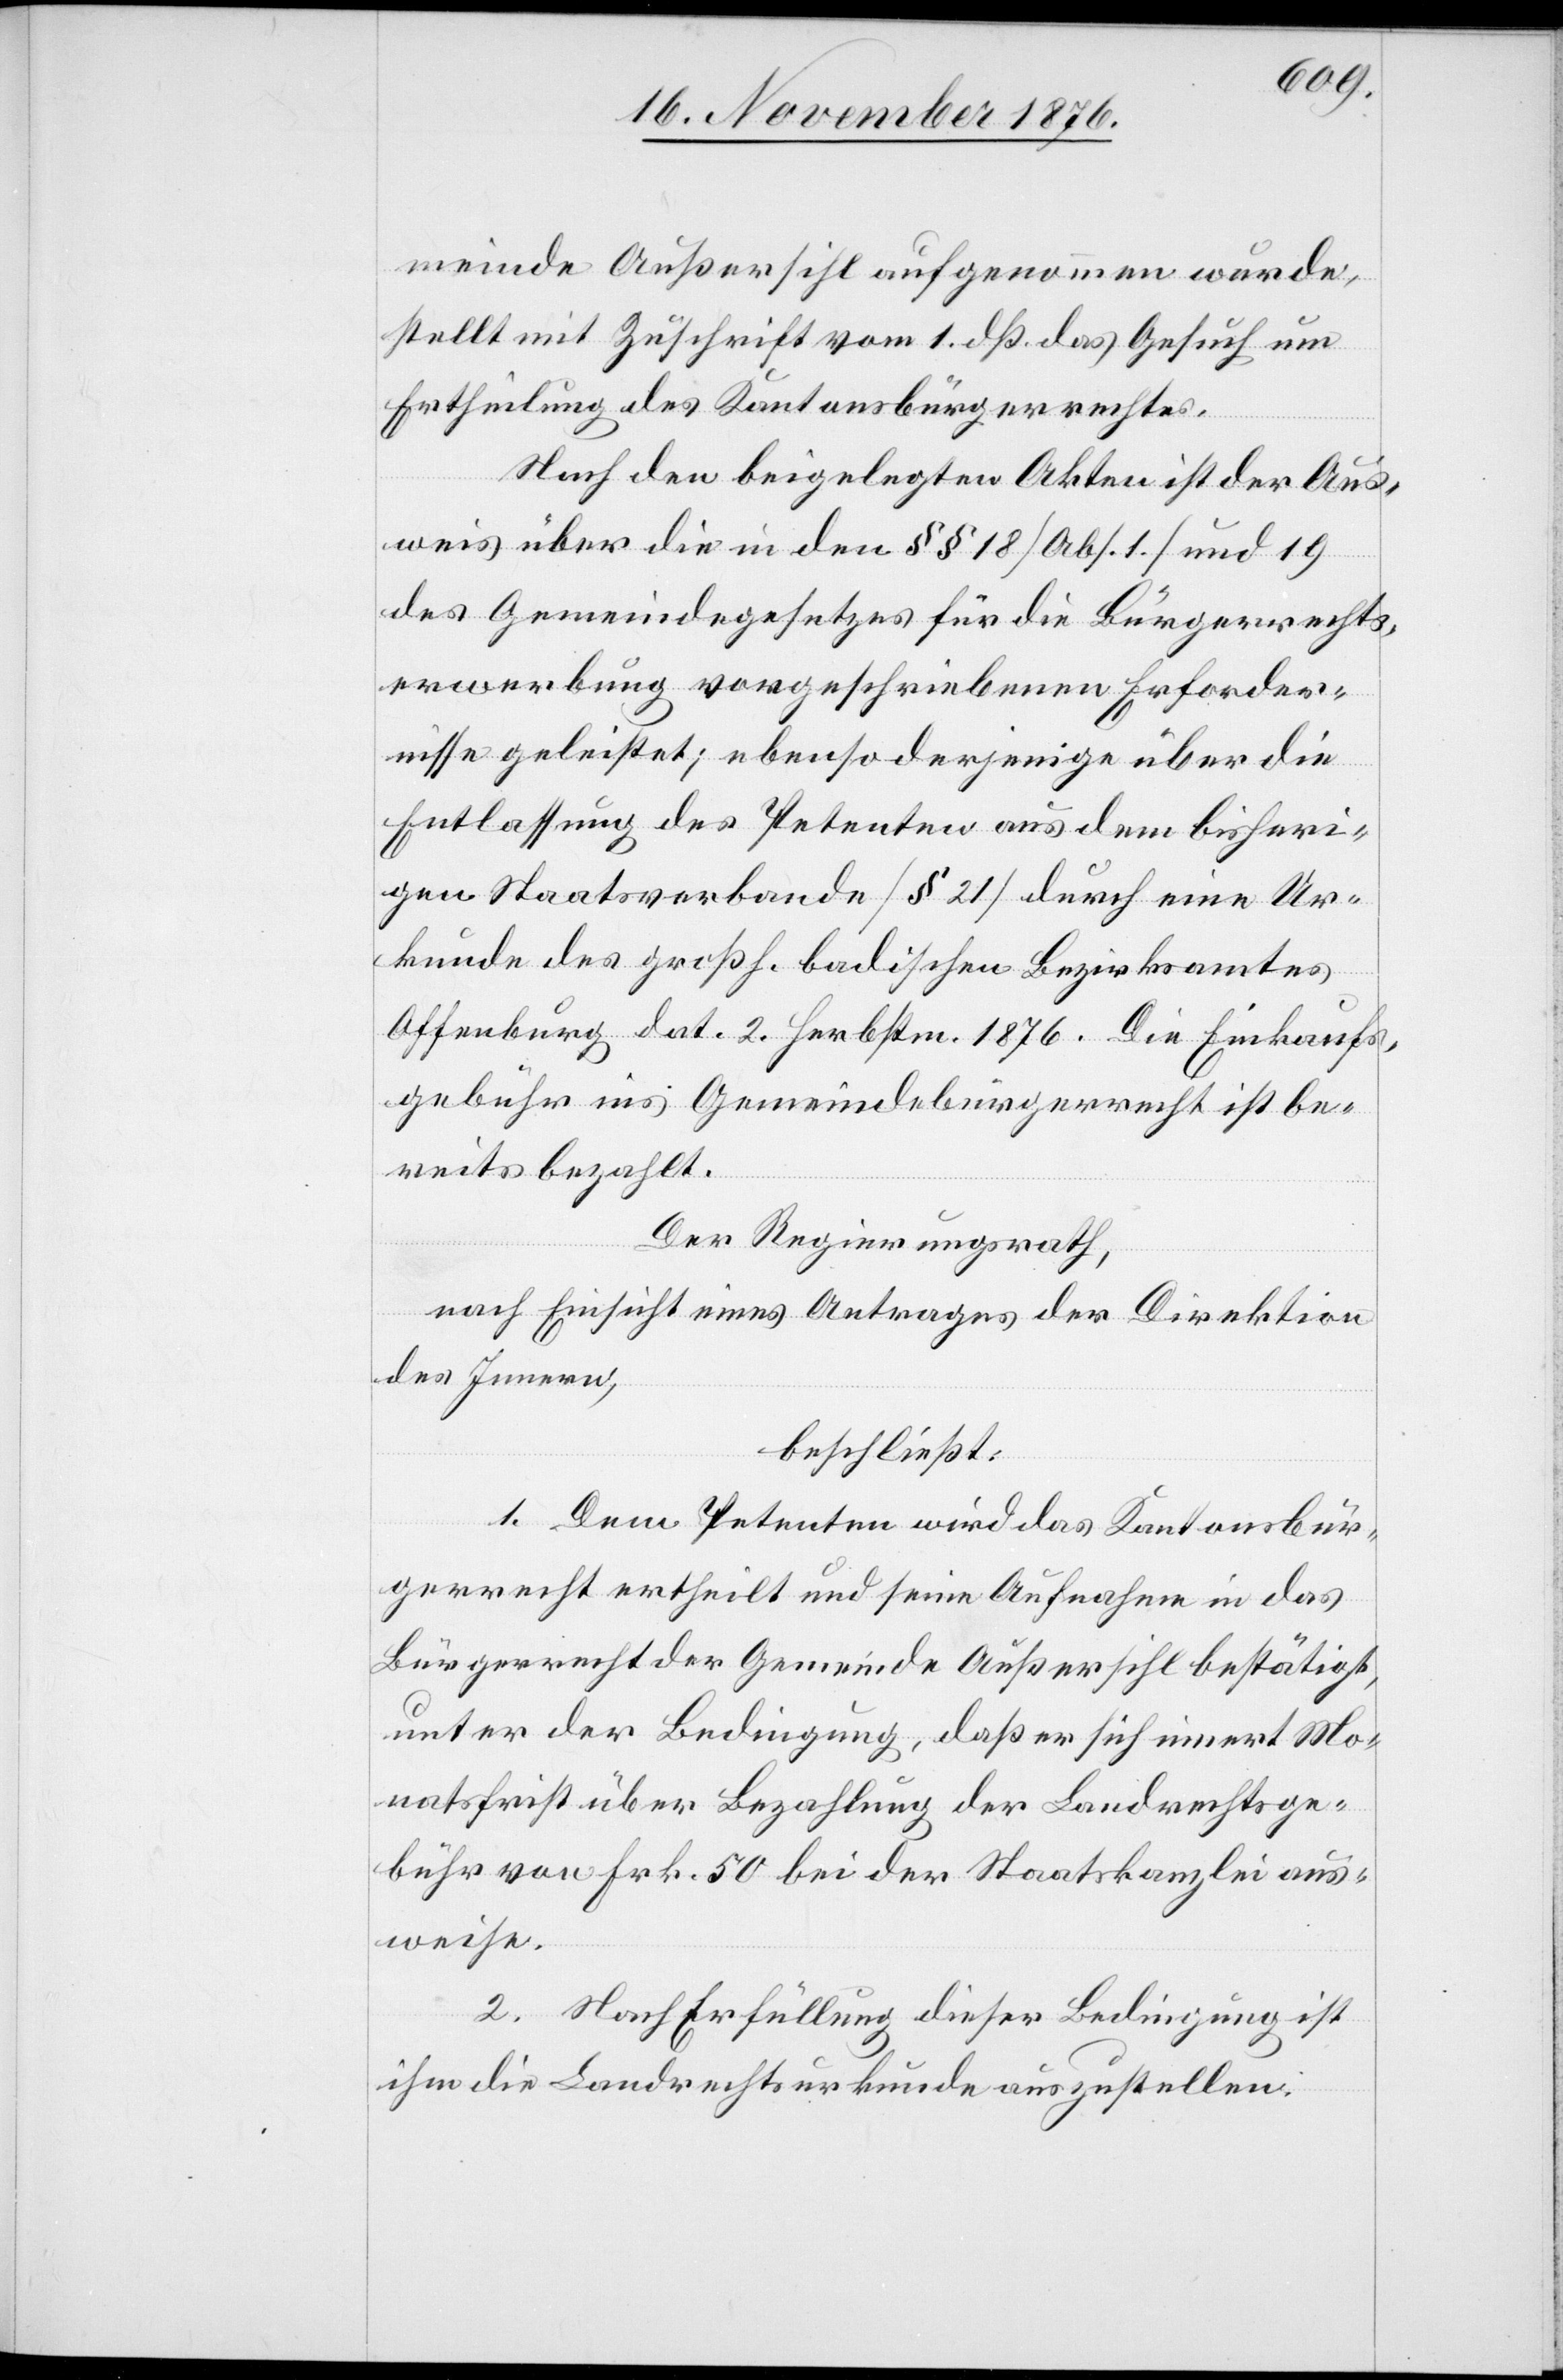
meinde Außersihl aufgenommen wurde,
stellt mit Zuschrift vom 1. dß das Gesuch um
Ertheilung des Kantonsbürgerrechtes.
Nach den beigelegten Akten ist der Aus¬
weis über die in den §§ 18 [Abs. 1] und 19
des Gemeindegesetzes für die Bürgerrechts¬
erwerbung vorgeschriebenen Erforder¬
nisse geleistet; ebenso derjenige über E¬
ntlassung des Petenten aus dem bisheri¬
gen Staatsverbande [§ 21] durch eine Ur¬
kunde des großh. badischen Bezirksamtes
Offenburg dat. 2. Herbstm. 1876. Die Einkauf¬
gebühr ins Gemeindebürgerrecht ist be¬
reits bezahlt.
Der Regierungsrath,
nach Einsicht eines Antrages der Direktion
des Innern,
beschließt:
1. Dem Petenten wird das Kantonsbür¬
gerrecht ertheilt und seine Aufnahme in das
Bürgerrecht der Gemeinde Außersihl bestätigt,
unter der Bedingung, daß er sich innert Mo¬
natsfrist über Bezahlung der Landrechtsge¬
bühr von Frk. 50 bei der Staatskanzlei aus¬
weise.
2. Nach Erfüllung dieser Bedingung ist
ihm die Landrechtsurkunde auszustellen.